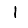
Digit: 1